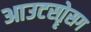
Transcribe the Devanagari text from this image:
आउटसोॄसग